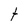
Character: t